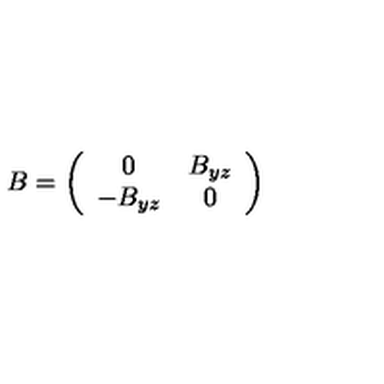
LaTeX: B = \left( \begin{array} { c c } { 0 } & { B _ { y z } } \\ { - B _ { y z } } & { 0 } \\ \end{array} \right)